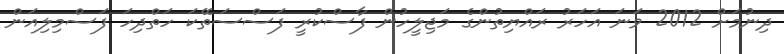
ދިނުމަށް 2012 ވަނަ އަހަރު ރައްޔިތުންގެ މަޖިލީހުން ފާސްކުރީ ފަސްސަތޭކަ ހަތްދިހަ ފަސްމިލިއަން